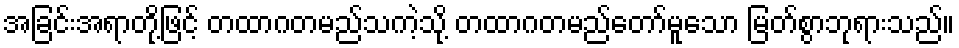
အခြင်းအရာတို့ဖြင့် တထာဂတမည်သကဲ့သို့ တထာဂတမည်တော်မူသော မြတ်စွာဘုရားသည်။